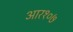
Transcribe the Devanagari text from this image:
आर१०७